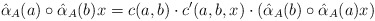
\begin{align*} \hat{\alpha}_{A}(a)\circ \hat{\alpha}_{A}(b)x =c(a,b) \cdot c'(a,b,x) \cdot (\hat{\alpha}_{A}(b)\circ \hat{\alpha}_{A}(a)x)\end{align*}